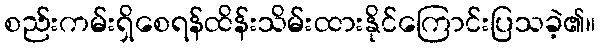
စည်းကမ်းရှိစေရန်ထိန်းသိမ်းထားနိုင်ကြောင်းပြသခဲ့၏။